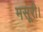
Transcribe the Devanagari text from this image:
मसूरी।